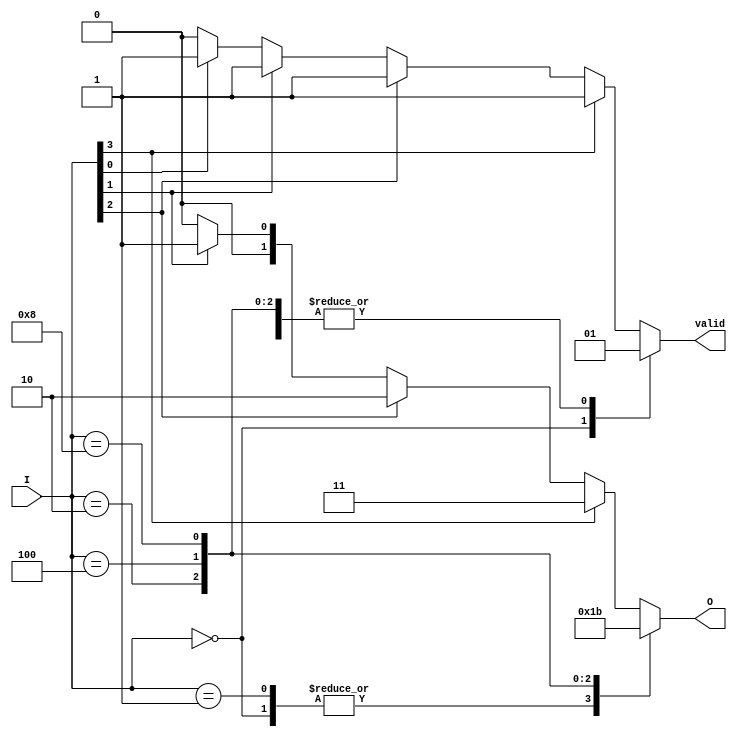
module binary_encoder (
    input wire [3:0] I,    // 4 input lines
    output reg [1:0] O,    // 2 output lines
    output reg valid        // Indicates if the output is valid (1 if valid, 0 if no input is active)
);

always @(*) begin
    case (I)
        4'b0000: begin
            O = 2'b00;  // No input active
            valid = 0;
        end
        4'b0001: begin
            O = 2'b00;  // Input 0 active
            valid = 1;
        end
        4'b0010: begin
            O = 2'b01;  // Input 1 active
            valid = 1;
        end
        4'b0100: begin
            O = 2'b10;  // Input 2 active
            valid = 1;
        end
        4'b1000: begin
            O = 2'b11;  // Input 3 active
            valid = 1;
        end
        default: begin
            // In case of multiple inputs being active, prioritize the highest bit
            O = 2'b00;  // Default output (no input active)
            valid = 0;
            if (I[3]) begin
                O = 2'b11;  // Input 3 active
                valid = 1;
            end else if (I[2]) begin
                O = 2'b10;  // Input 2 active
                valid = 1;
            end else if (I[1]) begin
                O = 2'b01;  // Input 1 active
                valid = 1;
            end else if (I[0]) begin
                O = 2'b00;  // Input 0 active
                valid = 1;
            end
        end
    endcase
end

endmodule